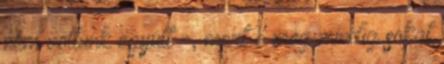
nem voltunk együtt -, mert ő még mindig sokat